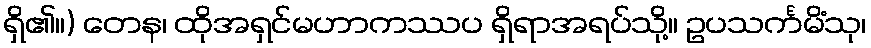
ရှိ၏။) တေန၊ ထိုအရှင်မဟာကဿပ ရှိရာအရပ်သို့။ ဥပသင်္ကမိံသု၊